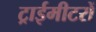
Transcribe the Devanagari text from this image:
ट्राईमीटरों